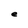
Character: e